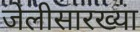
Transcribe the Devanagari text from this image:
जेलीसारख्या